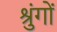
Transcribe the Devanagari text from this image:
श्रुंगों